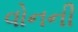
વોનની